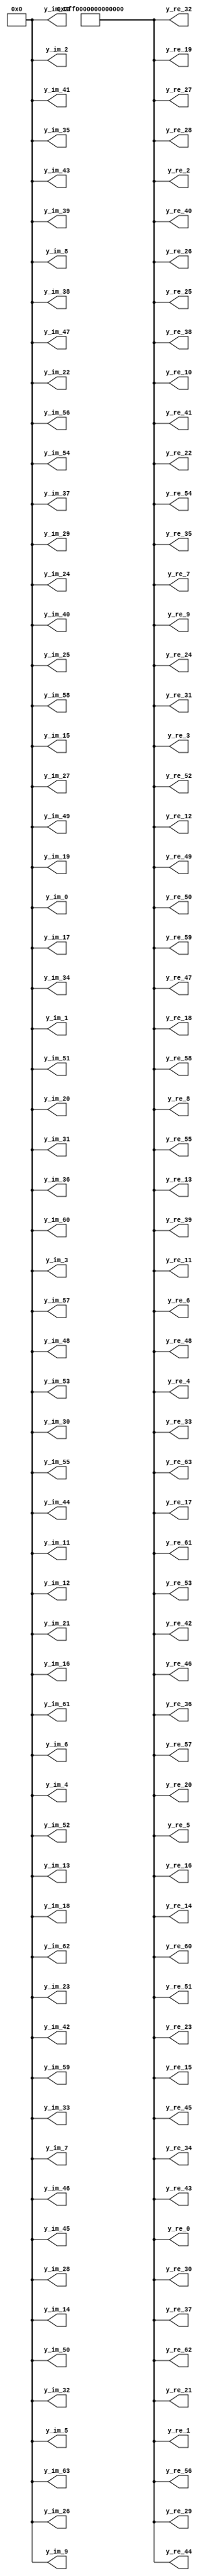
// -------------------------------------------------------------
// 
// 
// Generated by MATLAB 9.14 and HDL Coder 4.1
// 
// -------------------------------------------------------------


// -------------------------------------------------------------
// 
// Module: vector_initialization
// Source Path: Tx_OFDM/Transmitter/QAM Modulator/QAM Buffer/vector initialization
// Hierarchy Level: 3
// 
// #codegen
// 
// -------------------------------------------------------------

`timescale 1 ns / 1 ns

module vector_initialization
          (y_re_0,
           y_re_1,
           y_re_2,
           y_re_3,
           y_re_4,
           y_re_5,
           y_re_6,
           y_re_7,
           y_re_8,
           y_re_9,
           y_re_10,
           y_re_11,
           y_re_12,
           y_re_13,
           y_re_14,
           y_re_15,
           y_re_16,
           y_re_17,
           y_re_18,
           y_re_19,
           y_re_20,
           y_re_21,
           y_re_22,
           y_re_23,
           y_re_24,
           y_re_25,
           y_re_26,
           y_re_27,
           y_re_28,
           y_re_29,
           y_re_30,
           y_re_31,
           y_re_32,
           y_re_33,
           y_re_34,
           y_re_35,
           y_re_36,
           y_re_37,
           y_re_38,
           y_re_39,
           y_re_40,
           y_re_41,
           y_re_42,
           y_re_43,
           y_re_44,
           y_re_45,
           y_re_46,
           y_re_47,
           y_re_48,
           y_re_49,
           y_re_50,
           y_re_51,
           y_re_52,
           y_re_53,
           y_re_54,
           y_re_55,
           y_re_56,
           y_re_57,
           y_re_58,
           y_re_59,
           y_re_60,
           y_re_61,
           y_re_62,
           y_re_63,
           y_im_0,
           y_im_1,
           y_im_2,
           y_im_3,
           y_im_4,
           y_im_5,
           y_im_6,
           y_im_7,
           y_im_8,
           y_im_9,
           y_im_10,
           y_im_11,
           y_im_12,
           y_im_13,
           y_im_14,
           y_im_15,
           y_im_16,
           y_im_17,
           y_im_18,
           y_im_19,
           y_im_20,
           y_im_21,
           y_im_22,
           y_im_23,
           y_im_24,
           y_im_25,
           y_im_26,
           y_im_27,
           y_im_28,
           y_im_29,
           y_im_30,
           y_im_31,
           y_im_32,
           y_im_33,
           y_im_34,
           y_im_35,
           y_im_36,
           y_im_37,
           y_im_38,
           y_im_39,
           y_im_40,
           y_im_41,
           y_im_42,
           y_im_43,
           y_im_44,
           y_im_45,
           y_im_46,
           y_im_47,
           y_im_48,
           y_im_49,
           y_im_50,
           y_im_51,
           y_im_52,
           y_im_53,
           y_im_54,
           y_im_55,
           y_im_56,
           y_im_57,
           y_im_58,
           y_im_59,
           y_im_60,
           y_im_61,
           y_im_62,
           y_im_63);


  output  [63:0] y_re_0;  // double
  output  [63:0] y_re_1;  // double
  output  [63:0] y_re_2;  // double
  output  [63:0] y_re_3;  // double
  output  [63:0] y_re_4;  // double
  output  [63:0] y_re_5;  // double
  output  [63:0] y_re_6;  // double
  output  [63:0] y_re_7;  // double
  output  [63:0] y_re_8;  // double
  output  [63:0] y_re_9;  // double
  output  [63:0] y_re_10;  // double
  output  [63:0] y_re_11;  // double
  output  [63:0] y_re_12;  // double
  output  [63:0] y_re_13;  // double
  output  [63:0] y_re_14;  // double
  output  [63:0] y_re_15;  // double
  output  [63:0] y_re_16;  // double
  output  [63:0] y_re_17;  // double
  output  [63:0] y_re_18;  // double
  output  [63:0] y_re_19;  // double
  output  [63:0] y_re_20;  // double
  output  [63:0] y_re_21;  // double
  output  [63:0] y_re_22;  // double
  output  [63:0] y_re_23;  // double
  output  [63:0] y_re_24;  // double
  output  [63:0] y_re_25;  // double
  output  [63:0] y_re_26;  // double
  output  [63:0] y_re_27;  // double
  output  [63:0] y_re_28;  // double
  output  [63:0] y_re_29;  // double
  output  [63:0] y_re_30;  // double
  output  [63:0] y_re_31;  // double
  output  [63:0] y_re_32;  // double
  output  [63:0] y_re_33;  // double
  output  [63:0] y_re_34;  // double
  output  [63:0] y_re_35;  // double
  output  [63:0] y_re_36;  // double
  output  [63:0] y_re_37;  // double
  output  [63:0] y_re_38;  // double
  output  [63:0] y_re_39;  // double
  output  [63:0] y_re_40;  // double
  output  [63:0] y_re_41;  // double
  output  [63:0] y_re_42;  // double
  output  [63:0] y_re_43;  // double
  output  [63:0] y_re_44;  // double
  output  [63:0] y_re_45;  // double
  output  [63:0] y_re_46;  // double
  output  [63:0] y_re_47;  // double
  output  [63:0] y_re_48;  // double
  output  [63:0] y_re_49;  // double
  output  [63:0] y_re_50;  // double
  output  [63:0] y_re_51;  // double
  output  [63:0] y_re_52;  // double
  output  [63:0] y_re_53;  // double
  output  [63:0] y_re_54;  // double
  output  [63:0] y_re_55;  // double
  output  [63:0] y_re_56;  // double
  output  [63:0] y_re_57;  // double
  output  [63:0] y_re_58;  // double
  output  [63:0] y_re_59;  // double
  output  [63:0] y_re_60;  // double
  output  [63:0] y_re_61;  // double
  output  [63:0] y_re_62;  // double
  output  [63:0] y_re_63;  // double
  output  [63:0] y_im_0;  // double
  output  [63:0] y_im_1;  // double
  output  [63:0] y_im_2;  // double
  output  [63:0] y_im_3;  // double
  output  [63:0] y_im_4;  // double
  output  [63:0] y_im_5;  // double
  output  [63:0] y_im_6;  // double
  output  [63:0] y_im_7;  // double
  output  [63:0] y_im_8;  // double
  output  [63:0] y_im_9;  // double
  output  [63:0] y_im_10;  // double
  output  [63:0] y_im_11;  // double
  output  [63:0] y_im_12;  // double
  output  [63:0] y_im_13;  // double
  output  [63:0] y_im_14;  // double
  output  [63:0] y_im_15;  // double
  output  [63:0] y_im_16;  // double
  output  [63:0] y_im_17;  // double
  output  [63:0] y_im_18;  // double
  output  [63:0] y_im_19;  // double
  output  [63:0] y_im_20;  // double
  output  [63:0] y_im_21;  // double
  output  [63:0] y_im_22;  // double
  output  [63:0] y_im_23;  // double
  output  [63:0] y_im_24;  // double
  output  [63:0] y_im_25;  // double
  output  [63:0] y_im_26;  // double
  output  [63:0] y_im_27;  // double
  output  [63:0] y_im_28;  // double
  output  [63:0] y_im_29;  // double
  output  [63:0] y_im_30;  // double
  output  [63:0] y_im_31;  // double
  output  [63:0] y_im_32;  // double
  output  [63:0] y_im_33;  // double
  output  [63:0] y_im_34;  // double
  output  [63:0] y_im_35;  // double
  output  [63:0] y_im_36;  // double
  output  [63:0] y_im_37;  // double
  output  [63:0] y_im_38;  // double
  output  [63:0] y_im_39;  // double
  output  [63:0] y_im_40;  // double
  output  [63:0] y_im_41;  // double
  output  [63:0] y_im_42;  // double
  output  [63:0] y_im_43;  // double
  output  [63:0] y_im_44;  // double
  output  [63:0] y_im_45;  // double
  output  [63:0] y_im_46;  // double
  output  [63:0] y_im_47;  // double
  output  [63:0] y_im_48;  // double
  output  [63:0] y_im_49;  // double
  output  [63:0] y_im_50;  // double
  output  [63:0] y_im_51;  // double
  output  [63:0] y_im_52;  // double
  output  [63:0] y_im_53;  // double
  output  [63:0] y_im_54;  // double
  output  [63:0] y_im_55;  // double
  output  [63:0] y_im_56;  // double
  output  [63:0] y_im_57;  // double
  output  [63:0] y_im_58;  // double
  output  [63:0] y_im_59;  // double
  output  [63:0] y_im_60;  // double
  output  [63:0] y_im_61;  // double
  output  [63:0] y_im_62;  // double
  output  [63:0] y_im_63;  // double


  wire [63:0] y_re [0:63];  // ufix64 [64]
  wire [63:0] y_im [0:63];  // ufix64 [64]


  assign y_re[0] = 64'h3ff0000000000000;
  assign y_im[0] = 64'h0000000000000000;
  assign y_re[1] = 64'h3ff0000000000000;
  assign y_im[1] = 64'h0000000000000000;
  assign y_re[2] = 64'h3ff0000000000000;
  assign y_im[2] = 64'h0000000000000000;
  assign y_re[3] = 64'h3ff0000000000000;
  assign y_im[3] = 64'h0000000000000000;
  assign y_re[4] = 64'h3ff0000000000000;
  assign y_im[4] = 64'h0000000000000000;
  assign y_re[5] = 64'h3ff0000000000000;
  assign y_im[5] = 64'h0000000000000000;
  assign y_re[6] = 64'h3ff0000000000000;
  assign y_im[6] = 64'h0000000000000000;
  assign y_re[7] = 64'h3ff0000000000000;
  assign y_im[7] = 64'h0000000000000000;
  assign y_re[8] = 64'h3ff0000000000000;
  assign y_im[8] = 64'h0000000000000000;
  assign y_re[9] = 64'h3ff0000000000000;
  assign y_im[9] = 64'h0000000000000000;
  assign y_re[10] = 64'h3ff0000000000000;
  assign y_im[10] = 64'h0000000000000000;
  assign y_re[11] = 64'h3ff0000000000000;
  assign y_im[11] = 64'h0000000000000000;
  assign y_re[12] = 64'h3ff0000000000000;
  assign y_im[12] = 64'h0000000000000000;
  assign y_re[13] = 64'h3ff0000000000000;
  assign y_im[13] = 64'h0000000000000000;
  assign y_re[14] = 64'h3ff0000000000000;
  assign y_im[14] = 64'h0000000000000000;
  assign y_re[15] = 64'h3ff0000000000000;
  assign y_im[15] = 64'h0000000000000000;
  assign y_re[16] = 64'h3ff0000000000000;
  assign y_im[16] = 64'h0000000000000000;
  assign y_re[17] = 64'h3ff0000000000000;
  assign y_im[17] = 64'h0000000000000000;
  assign y_re[18] = 64'h3ff0000000000000;
  assign y_im[18] = 64'h0000000000000000;
  assign y_re[19] = 64'h3ff0000000000000;
  assign y_im[19] = 64'h0000000000000000;
  assign y_re[20] = 64'h3ff0000000000000;
  assign y_im[20] = 64'h0000000000000000;
  assign y_re[21] = 64'h3ff0000000000000;
  assign y_im[21] = 64'h0000000000000000;
  assign y_re[22] = 64'h3ff0000000000000;
  assign y_im[22] = 64'h0000000000000000;
  assign y_re[23] = 64'h3ff0000000000000;
  assign y_im[23] = 64'h0000000000000000;
  assign y_re[24] = 64'h3ff0000000000000;
  assign y_im[24] = 64'h0000000000000000;
  assign y_re[25] = 64'h3ff0000000000000;
  assign y_im[25] = 64'h0000000000000000;
  assign y_re[26] = 64'h3ff0000000000000;
  assign y_im[26] = 64'h0000000000000000;
  assign y_re[27] = 64'h3ff0000000000000;
  assign y_im[27] = 64'h0000000000000000;
  assign y_re[28] = 64'h3ff0000000000000;
  assign y_im[28] = 64'h0000000000000000;
  assign y_re[29] = 64'h3ff0000000000000;
  assign y_im[29] = 64'h0000000000000000;
  assign y_re[30] = 64'h3ff0000000000000;
  assign y_im[30] = 64'h0000000000000000;
  assign y_re[31] = 64'h3ff0000000000000;
  assign y_im[31] = 64'h0000000000000000;
  assign y_re[32] = 64'h3ff0000000000000;
  assign y_im[32] = 64'h0000000000000000;
  assign y_re[33] = 64'h3ff0000000000000;
  assign y_im[33] = 64'h0000000000000000;
  assign y_re[34] = 64'h3ff0000000000000;
  assign y_im[34] = 64'h0000000000000000;
  assign y_re[35] = 64'h3ff0000000000000;
  assign y_im[35] = 64'h0000000000000000;
  assign y_re[36] = 64'h3ff0000000000000;
  assign y_im[36] = 64'h0000000000000000;
  assign y_re[37] = 64'h3ff0000000000000;
  assign y_im[37] = 64'h0000000000000000;
  assign y_re[38] = 64'h3ff0000000000000;
  assign y_im[38] = 64'h0000000000000000;
  assign y_re[39] = 64'h3ff0000000000000;
  assign y_im[39] = 64'h0000000000000000;
  assign y_re[40] = 64'h3ff0000000000000;
  assign y_im[40] = 64'h0000000000000000;
  assign y_re[41] = 64'h3ff0000000000000;
  assign y_im[41] = 64'h0000000000000000;
  assign y_re[42] = 64'h3ff0000000000000;
  assign y_im[42] = 64'h0000000000000000;
  assign y_re[43] = 64'h3ff0000000000000;
  assign y_im[43] = 64'h0000000000000000;
  assign y_re[44] = 64'h3ff0000000000000;
  assign y_im[44] = 64'h0000000000000000;
  assign y_re[45] = 64'h3ff0000000000000;
  assign y_im[45] = 64'h0000000000000000;
  assign y_re[46] = 64'h3ff0000000000000;
  assign y_im[46] = 64'h0000000000000000;
  assign y_re[47] = 64'h3ff0000000000000;
  assign y_im[47] = 64'h0000000000000000;
  assign y_re[48] = 64'h3ff0000000000000;
  assign y_im[48] = 64'h0000000000000000;
  assign y_re[49] = 64'h3ff0000000000000;
  assign y_im[49] = 64'h0000000000000000;
  assign y_re[50] = 64'h3ff0000000000000;
  assign y_im[50] = 64'h0000000000000000;
  assign y_re[51] = 64'h3ff0000000000000;
  assign y_im[51] = 64'h0000000000000000;
  assign y_re[52] = 64'h3ff0000000000000;
  assign y_im[52] = 64'h0000000000000000;
  assign y_re[53] = 64'h3ff0000000000000;
  assign y_im[53] = 64'h0000000000000000;
  assign y_re[54] = 64'h3ff0000000000000;
  assign y_im[54] = 64'h0000000000000000;
  assign y_re[55] = 64'h3ff0000000000000;
  assign y_im[55] = 64'h0000000000000000;
  assign y_re[56] = 64'h3ff0000000000000;
  assign y_im[56] = 64'h0000000000000000;
  assign y_re[57] = 64'h3ff0000000000000;
  assign y_im[57] = 64'h0000000000000000;
  assign y_re[58] = 64'h3ff0000000000000;
  assign y_im[58] = 64'h0000000000000000;
  assign y_re[59] = 64'h3ff0000000000000;
  assign y_im[59] = 64'h0000000000000000;
  assign y_re[60] = 64'h3ff0000000000000;
  assign y_im[60] = 64'h0000000000000000;
  assign y_re[61] = 64'h3ff0000000000000;
  assign y_im[61] = 64'h0000000000000000;
  assign y_re[62] = 64'h3ff0000000000000;
  assign y_im[62] = 64'h0000000000000000;
  assign y_re[63] = 64'h3ff0000000000000;
  assign y_im[63] = 64'h0000000000000000;



  assign y_re_0 = y_re[0];

  assign y_re_1 = y_re[1];

  assign y_re_2 = y_re[2];

  assign y_re_3 = y_re[3];

  assign y_re_4 = y_re[4];

  assign y_re_5 = y_re[5];

  assign y_re_6 = y_re[6];

  assign y_re_7 = y_re[7];

  assign y_re_8 = y_re[8];

  assign y_re_9 = y_re[9];

  assign y_re_10 = y_re[10];

  assign y_re_11 = y_re[11];

  assign y_re_12 = y_re[12];

  assign y_re_13 = y_re[13];

  assign y_re_14 = y_re[14];

  assign y_re_15 = y_re[15];

  assign y_re_16 = y_re[16];

  assign y_re_17 = y_re[17];

  assign y_re_18 = y_re[18];

  assign y_re_19 = y_re[19];

  assign y_re_20 = y_re[20];

  assign y_re_21 = y_re[21];

  assign y_re_22 = y_re[22];

  assign y_re_23 = y_re[23];

  assign y_re_24 = y_re[24];

  assign y_re_25 = y_re[25];

  assign y_re_26 = y_re[26];

  assign y_re_27 = y_re[27];

  assign y_re_28 = y_re[28];

  assign y_re_29 = y_re[29];

  assign y_re_30 = y_re[30];

  assign y_re_31 = y_re[31];

  assign y_re_32 = y_re[32];

  assign y_re_33 = y_re[33];

  assign y_re_34 = y_re[34];

  assign y_re_35 = y_re[35];

  assign y_re_36 = y_re[36];

  assign y_re_37 = y_re[37];

  assign y_re_38 = y_re[38];

  assign y_re_39 = y_re[39];

  assign y_re_40 = y_re[40];

  assign y_re_41 = y_re[41];

  assign y_re_42 = y_re[42];

  assign y_re_43 = y_re[43];

  assign y_re_44 = y_re[44];

  assign y_re_45 = y_re[45];

  assign y_re_46 = y_re[46];

  assign y_re_47 = y_re[47];

  assign y_re_48 = y_re[48];

  assign y_re_49 = y_re[49];

  assign y_re_50 = y_re[50];

  assign y_re_51 = y_re[51];

  assign y_re_52 = y_re[52];

  assign y_re_53 = y_re[53];

  assign y_re_54 = y_re[54];

  assign y_re_55 = y_re[55];

  assign y_re_56 = y_re[56];

  assign y_re_57 = y_re[57];

  assign y_re_58 = y_re[58];

  assign y_re_59 = y_re[59];

  assign y_re_60 = y_re[60];

  assign y_re_61 = y_re[61];

  assign y_re_62 = y_re[62];

  assign y_re_63 = y_re[63];

  assign y_im_0 = y_im[0];

  assign y_im_1 = y_im[1];

  assign y_im_2 = y_im[2];

  assign y_im_3 = y_im[3];

  assign y_im_4 = y_im[4];

  assign y_im_5 = y_im[5];

  assign y_im_6 = y_im[6];

  assign y_im_7 = y_im[7];

  assign y_im_8 = y_im[8];

  assign y_im_9 = y_im[9];

  assign y_im_10 = y_im[10];

  assign y_im_11 = y_im[11];

  assign y_im_12 = y_im[12];

  assign y_im_13 = y_im[13];

  assign y_im_14 = y_im[14];

  assign y_im_15 = y_im[15];

  assign y_im_16 = y_im[16];

  assign y_im_17 = y_im[17];

  assign y_im_18 = y_im[18];

  assign y_im_19 = y_im[19];

  assign y_im_20 = y_im[20];

  assign y_im_21 = y_im[21];

  assign y_im_22 = y_im[22];

  assign y_im_23 = y_im[23];

  assign y_im_24 = y_im[24];

  assign y_im_25 = y_im[25];

  assign y_im_26 = y_im[26];

  assign y_im_27 = y_im[27];

  assign y_im_28 = y_im[28];

  assign y_im_29 = y_im[29];

  assign y_im_30 = y_im[30];

  assign y_im_31 = y_im[31];

  assign y_im_32 = y_im[32];

  assign y_im_33 = y_im[33];

  assign y_im_34 = y_im[34];

  assign y_im_35 = y_im[35];

  assign y_im_36 = y_im[36];

  assign y_im_37 = y_im[37];

  assign y_im_38 = y_im[38];

  assign y_im_39 = y_im[39];

  assign y_im_40 = y_im[40];

  assign y_im_41 = y_im[41];

  assign y_im_42 = y_im[42];

  assign y_im_43 = y_im[43];

  assign y_im_44 = y_im[44];

  assign y_im_45 = y_im[45];

  assign y_im_46 = y_im[46];

  assign y_im_47 = y_im[47];

  assign y_im_48 = y_im[48];

  assign y_im_49 = y_im[49];

  assign y_im_50 = y_im[50];

  assign y_im_51 = y_im[51];

  assign y_im_52 = y_im[52];

  assign y_im_53 = y_im[53];

  assign y_im_54 = y_im[54];

  assign y_im_55 = y_im[55];

  assign y_im_56 = y_im[56];

  assign y_im_57 = y_im[57];

  assign y_im_58 = y_im[58];

  assign y_im_59 = y_im[59];

  assign y_im_60 = y_im[60];

  assign y_im_61 = y_im[61];

  assign y_im_62 = y_im[62];

  assign y_im_63 = y_im[63];

endmodule  // vector_initialization